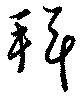
拜